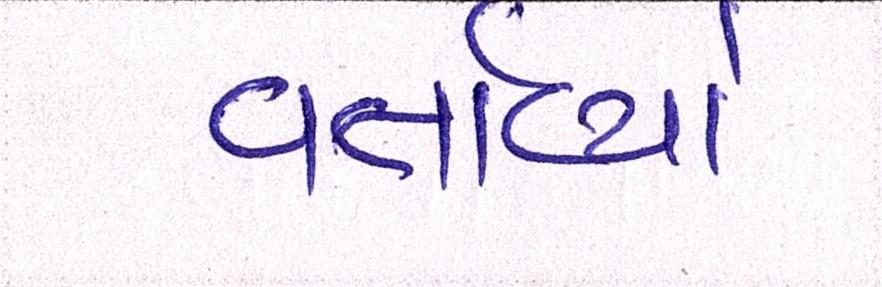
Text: વર્તાવ્યો